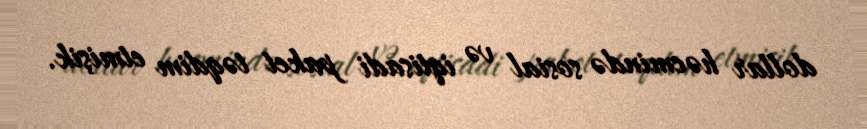
dollar həcmində sosial və iqtisadi paket təqdim etmişik.